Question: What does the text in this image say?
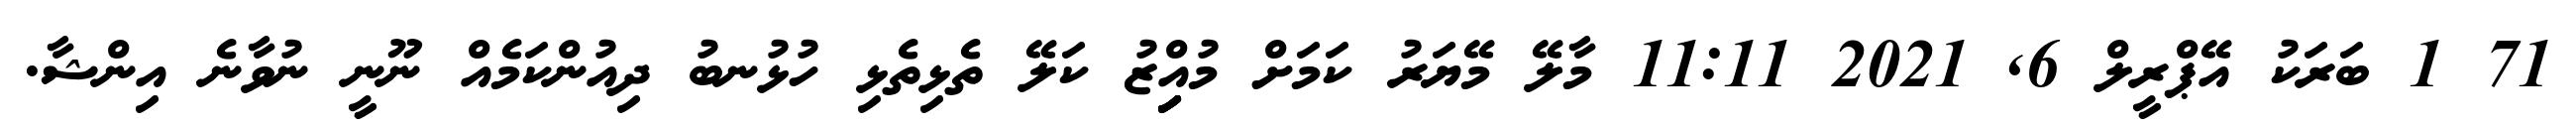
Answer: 71 1 ބަރަކު އޭޕްރީލް 6, 2021 11:11 މާލޭ މޭޔަރު ކަމަށް މުއިިިިިްޒު ކަލޭ ތެޅިތެޅި ހުޅުނބު ދިއުންކަމެއް ނޫނީ ނުވާނެ އިންޝާ.